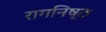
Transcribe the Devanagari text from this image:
रागनिष्ठ